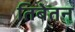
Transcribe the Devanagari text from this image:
तिबेतन